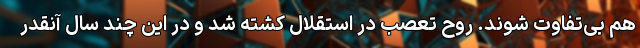
هم بی‌تفاوت شوند. روح تعصب در استقلال کشته شد و در این چند سال آنقدر